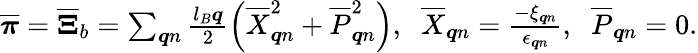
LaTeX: \begin{array}{r}{\overline{{\boldsymbol{\pi}}}=\overline{{\boldsymbol{\Xi}}}_{b}=\sum_{\boldsymbol{q}n}\frac{l_{B}\boldsymbol{q}}{2}\left(\overline{{X}}_{\boldsymbol{q}n}^{2}+\overline{{P}}_{\boldsymbol{q}n}^{2}\right),\; \; \overline{{X}}_{\boldsymbol{q}n}=\frac{-\xi_{\boldsymbol{q}n}}{\epsilon_{\boldsymbol{q}n}},\; \; \overline{{P}}_{\boldsymbol{q}n}=0.}\end{array}